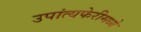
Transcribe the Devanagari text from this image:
उपांत्यफेरीमध्ये